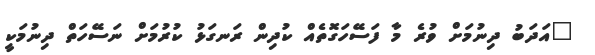
"އަދަބު ދިނުމަށް ވުރެ މާ ފަސޭހަގޮތެއް ކުދިން ރަނގަޅު ކުރުމަށް ނަސޭހަތް ދިނުމަކީ